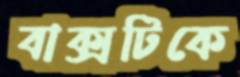
বাক্সটিকে